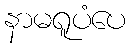
နာမရူပံပေ